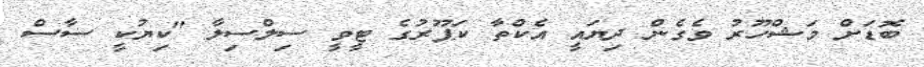
ބޮޑަށް މަޝްހޫރު ވެގެން ދިޔައީ އެކްތާ ކަޕޫރުގެ ޓީވީ ސިލްސިލާ "ކިޔުކީ ސާސް